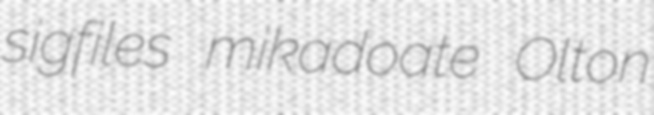
sigfiles mikadoate Olton